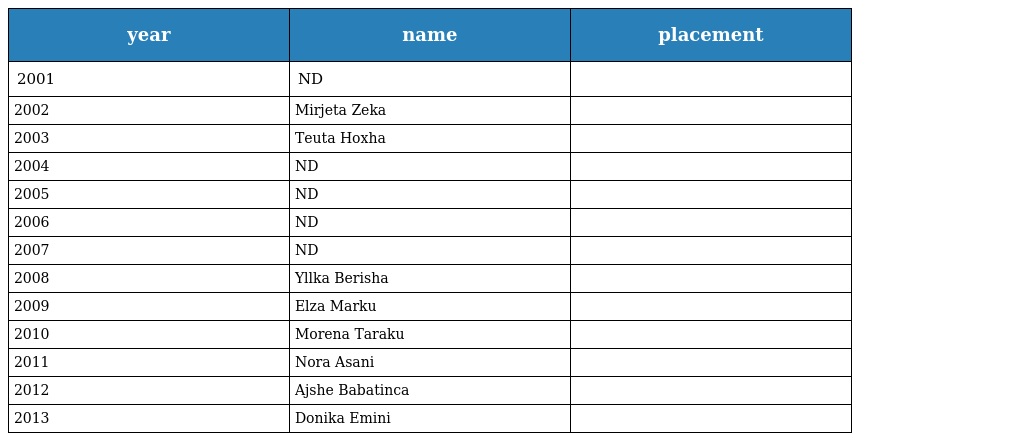
| year | name | placement |
 | --- | --- | --- |
 | 2001 | ND |  |
 | 2002 | Mirjeta Zeka |  |
 | 2003 | Teuta Hoxha |  |
 | 2004 | ND |  |
 | 2005 | ND |  |
 | 2006 | ND |  |
 | 2007 | ND |  |
 | 2008 | Yllka Berisha |  |
 | 2009 | Elza Marku |  |
 | 2010 | Morena Taraku |  |
 | 2011 | Nora Asani |  |
 | 2012 | Ajshe Babatinca |  |
 | 2013 | Donika Emini |  |